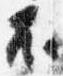
不